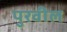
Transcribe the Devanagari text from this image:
पुरवील